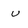
Character: u